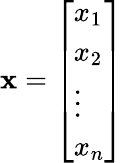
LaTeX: \mathbf{x}={\left[\begin{array}{l}{x_{1}}\\ {x_{2}}\\ {\vdots}\\ {x_{n}}\end{array}\right]}